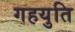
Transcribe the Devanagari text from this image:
गहयुति